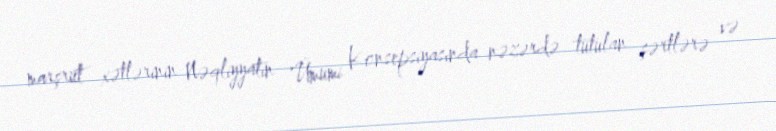
marşrut xətlərinin Nəqliyyatın Ümumi Konsepsiyasında nəzərdə tutulan şərtlərə və